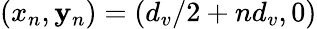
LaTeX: (x_{n},\mathbf{y}_{n})=(d_{v}/2+nd_{v},0)